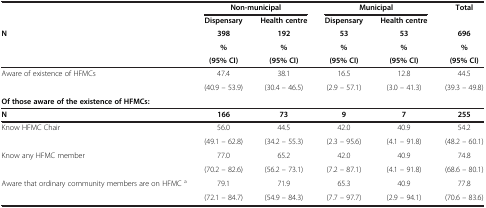
|  | <COLSPAN=2> Non-municipal | <COLSPAN=2> Municipal | <ROWSPAN=2> Total |
 |  | Dispensary | Health centre | Dispensary | Health centre |
 | N | 398 | 192 | 53 | 53 | 696 |
 |  | % | % | % | % | % |
 |  | (95% CI) | (95% CI) | (95% CI) | (95% CI) | (95% CI) |
 | --- | --- | --- | --- | --- | --- |
 | <ROWSPAN=2> Aware of existence of HFMCs | 47.4 | 38.1 | 16.5 | 12.8 | 44.5 |
 | (40.9 – 53.9) | (30.4 – 46.5) | (2.9 – 57.1) | (3.0 – 41.3) | (39.3 – 49.8) |
 | <COLSPAN=6> Of those aware of the existence of HFMCs: |
 | N | 166 | 73 | 9 | 7 | 255 |
 | <ROWSPAN=2> Know HFMC Chair | 56.0 | 44.5 | 42.0 | 40.9 | 54.2 |
 | (49.1 – 62.8) | (34.2 – 55.3) | (2.3 – 95.6) | (4.1 – 91.8) | (48.2 – 60.1) |
 | <ROWSPAN=2> Know any HFMC member | 77.0 | 65.2 | 42.0 | 40.9 | 74.8 |
 | (70.2 – 82.6) | (56.2 – 73.1) | (7.2 – 87.1) | (4.1 – 91.8) | (68.6 – 80.1) |
 | Aware that ordinary community members are on HFMC a | 79.1 | 71.9 | 65.3 | 40.9 | 77.8 |
 |  | (72.1 – 84.7) | (54.9 – 84.3) | (7.7 – 97.7) | (2.9 – 94.1) | (70.6 – 83.6) |